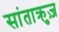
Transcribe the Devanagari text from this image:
सांताक्रुज़